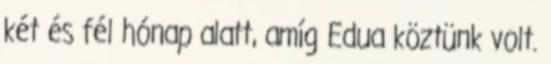
két és fél hónap alatt, amíg Edua köztünk volt.